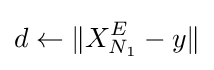
d\gets \|X_{N_{1}}^{E}-y\|